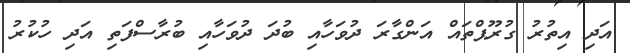
އަދި އިތުރު ގުރޫޕްތައް އަންގާރަ ދުވަހާއި ބުދަ ދުވަހާއި ބުރާސްފަތި އަދި ހުކުރު